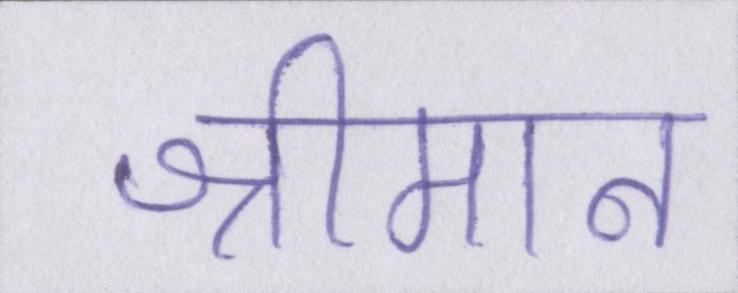
श्रीमान